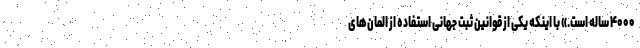
۴۰۰۰ ساله است.» با اینکه یکی از قوانین ثبت جهانی استفاده از المان‌های